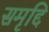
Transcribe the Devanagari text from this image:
समृद्दि